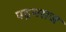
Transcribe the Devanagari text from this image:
पद्रमराज